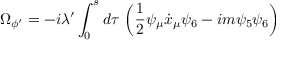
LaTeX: \Omega _ { \phi ^ { \prime } } = - i \lambda ^ { \prime } \int _ { 0 } ^ { s } d \tau \, \left( \frac { 1 } { 2 } \psi _ { \mu } \dot { x } _ { \mu } \psi _ { 6 } - i m \psi _ { 5 } \psi _ { 6 } \right)